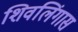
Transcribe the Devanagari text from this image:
शिवलिंगास